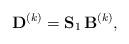
LaTeX: \begin{align*} {\bf D}^{(k)}={\bf S}_1 \, {\bf B}^{(k)},\end{align*}